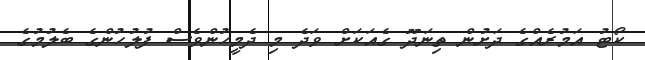
ކޯޓު އަމުރެއްގެ ދަށުން ތިނަދޫ ގެއަކަށް ވަދެ މި ދެމީހުންވެސް ފުލުހުންގެ ބެލުމުގެ